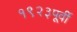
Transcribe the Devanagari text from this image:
१९२३पूर्वी